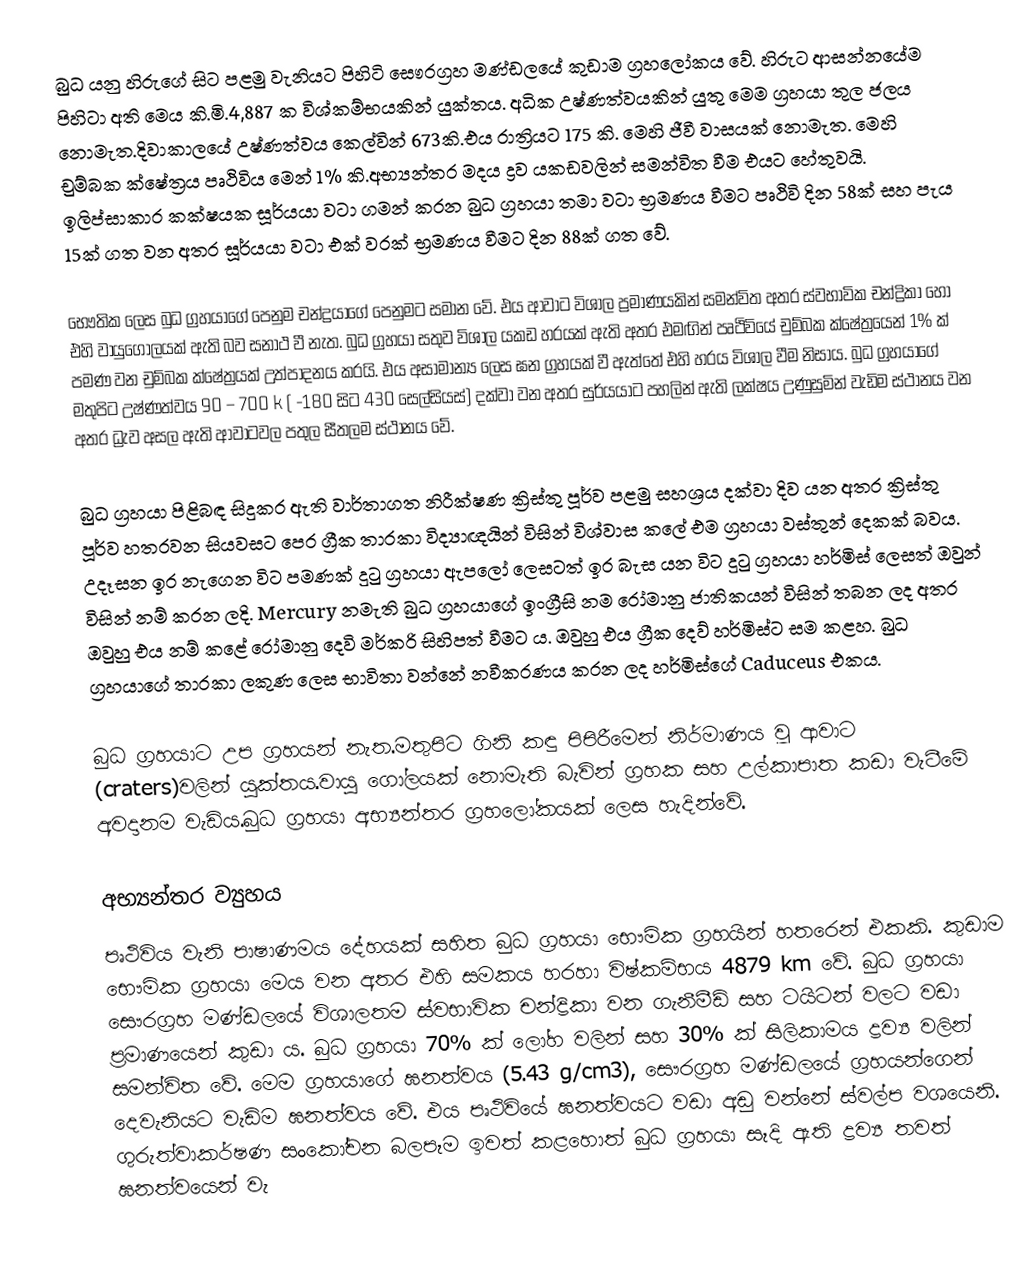
බුධ යනු හිරුගේ සිට පළමු වැනියට පිහිටි සෞරග්‍රහ මණ්ඩලයේ කුඩාම ග්‍රහලෝකය වේ. හිරුට ආසන්නයේම පිහිටා අති මෙය කි.මි.4,887 ක විශ්කම්භයකින් යුක්තය. අධික උෂ්ණත්වයකින් යුතු මෙම ග්‍රහයා තුල ජලය නොමැත.දිවාකාලයේ උෂ්ණත්වය කෙල්වින් 673කි.එය රාත්‍රියට 175 කි. මෙහි ජීවී වාසයක් නොමැත. මෙහි චුම්බක ක්ෂේත්‍රය පෘථිවිය මෙන් 1% කි.අභ්‍යන්තර මදය ද්‍රව යකඩවලින් සමන්විත වීම එයට හේතුවයි. ඉලිප්සාකාර කක්ෂයක සූර්යයා වටා ගමන් කරන බුධ ග්‍රහයා තමා වටා භ්‍රමණය වීමට පෘථිවි දින 58ක් සහ පැය 15ක් ගත වන අතර සූර්යයා වටා එක් වරක් භ්‍රමණය වීමට දින 88ක් ගත වේ.

භෞතික ලෙස බුධ ග්‍රහයාගේ පෙනුම චන්ද්‍රයාගේ පෙනුමට සමාන වේ. එය ආවාට විශාල ප්‍රමාණයකින් සමන්විත අතර ස්වභාවික චන්ද්‍රිකා හෝ එහි වායුගෝලයක් ඇති බව සනාථ වී නැත. බුධ ග්‍රහයා සතුව විශාල යකඩ හරයක් ඇති අතර එමඟින් පෘථිවි‍යේ චුම්බක ක්ෂේත්‍රයෙන් 1% ක් පමණ වන චුම්බක ක්ෂේත්‍රයක් උත්පාදනය කරයි. එය අසාමාන්‍ය ලෙස ඝන ග්‍රහයක් වී ඇත්තේ එහි හරය විශාල වීම නිසාය. බුධ ග්‍රහයාගේ මතුපිට උෂ්ණත්වය 90 – 700 k ( -180 සිට 430 සෙල්සියස්) දක්වා වන අතර සුර්යයාට පහලින් ඇති ලක්ෂය උණුසුමින් වැඩිම ස්ථානය වන අතර ධ්‍රැව අසල ඇති ආවාටවල පතුල සීතලම ස්ථානය වේ.

බුධ ග්‍රහයා පිළිබඳ සිදුකර ඇති වාර්තාගත නිරීක්ෂණ ක්‍රිස්තු පූර්ව පළමු සහශ්‍රය දක්වා දිව යන අතර ක්‍රිස්තු පූර්ව හතරවන සියවසට පෙර ග්‍රීක තාරකා විද්‍යාඥයින් විසින් විශ්වාස කලේ එම ග්‍රහයා වස්තුන් දෙකක් බවය. උදෑසන ඉර නැගෙන විට පමණක් දුටු ග්‍රහයා ඇපලෝ ලෙසටත් ඉර බැස යන විට දුටු ග්‍රහයා හර්මිස් ලෙසත් ඔවුන් විසින් නම් කරන ලදි. Mercury නමැති බුධ ග්‍රහයාගේ ඉංග්‍රීසි නම රෝමානු ජාතිකයන් විසින් තබන ලද අතර ඔවුහු එය නම් කළේ රෝමානු දෙවි මර්කරි සිහිපත් වීමට ය. ඔවුහු එය ග්‍රීක දෙව් හර්මිස්ට සම කළහ. බුධ ග්‍රහයාගේ තාරකා ලකුණ ලෙස භාවිතා වන්නේ නවීකරණය කරන ලද හර්මිස්ගේ Caduceus එකය.

 බුධ ග්‍රහයාට උප ග්‍රහයන් නැත.මතුපිට ගිනි කඳු පිපිරීමෙන් නිර්මාණය වූ ආවාට (craters)වලින් යුක්තය.වායු ගෝලයක් නොමැති බැවින් ග්‍රහක සහ උල්කාපාත කඩා වැටීමේ අවදානම වැඩිය.බුධ ග්‍රහයා අභ්‍යන්තර ග්‍රහලෝකයක් ලෙස හැදින්⁣වේ.

අභ්‍යන්තර ව්‍යුහය
පෘථිවිය වැනි පාෂාණමය දේහයක් සහිත බුධ ග්‍රහයා භෞමික ග්‍රහයින් හතරෙන් එකකි. කුඩාම භෞමික ග්‍රහයා මෙය වන අතර එහි සමකය හරහා විෂ්කම්භය 4879 km වේ. බුධ ග්‍රහයා සෞරග්‍රහ මණ්ඩලයේ විශාලතම ස්වභාවික චන්ද්‍රිකා වන ගැනීමීඩ් සහ ටයිටන් වලට වඩා ප්‍රමාණයෙන් කුඩා ය. බුධ ග්‍රහයා 70% ක් ලෝහ වලින් සහ 30% ක් සිලිකාමය ද්‍රව්‍ය වලින් සමන්විත ‍වේ. මෙම ග්‍රහයාගේ ඝනත්වය (5.43 g/cm3), සෞරග්‍රහ මණ්ඩලයේ ග්‍රහයන්ගෙන් දෙවැනියට වැඩිම ඝනත්වය වේ. එය පෘථිවියේ ඝනත්වයට වඩා අඩු වන්නේ ස්වල්ප වශයෙනි. ගුරුත්වාකර්ෂණ සංකෝචන බලපෑම ඉවත් කළහොත් බුධ ග්‍රහයා සෑදි ඇති ද්‍රව්‍ය තවත් ඝනත්වයෙන් වැ